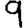
Digit: 9